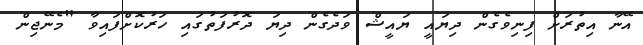
އޭނާ އިތުރަށް ފިނިވެގެން ދިޔައީ ޔައީޝް ވަދެގެން ދިޔަ ދޮރުފަތުގައި ހަރުކޮށްފައިވާ "މެނޭޖިން